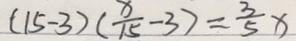
( 1 5 - 3 ) ( \frac { x } { 1 5 } - 3 ) = \frac { 3 } { 5 } x